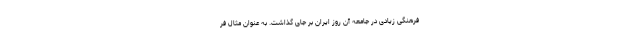
فرهنگی زیادی در جامعه آن روز ایران بر جای گذاشت. به عنوان مثال فر